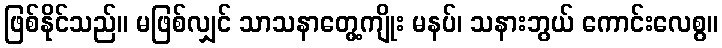
ဖြစ်နိုင်သည်။ မဖြစ်လျှင် သာသနာတွေ့ကျိုး မနပ်၊ သနားဘွယ် ကောင်းလေစွ။